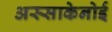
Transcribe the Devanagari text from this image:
अस्साकेनोई